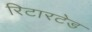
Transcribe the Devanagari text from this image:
रिटारटेड